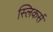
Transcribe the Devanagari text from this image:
स्लिकर्स